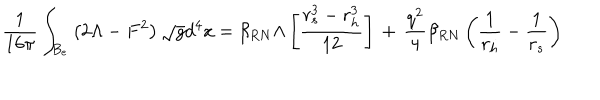
\frac { 1 } { 1 6 \pi } \int _ { B _ { e } } \left( 2 \Lambda - F ^ { 2 } \right) \sqrt { g } d ^ { 4 } x = \beta _ { R N } \Lambda \left[ \frac { r _ { s } ^ { 3 } - r _ { h } ^ { 3 } } { 1 2 } \right] \, + \, \frac { q ^ { 2 } } { 4 } \beta _ { R N } \left( \frac { 1 } { r _ { h } } - \frac { 1 } { r _ { s } } \right)